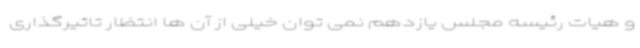
و هیات رئیسه مجلس یازدهم نمی توان خیلی از آن ها انتظار تاثیرگذاری